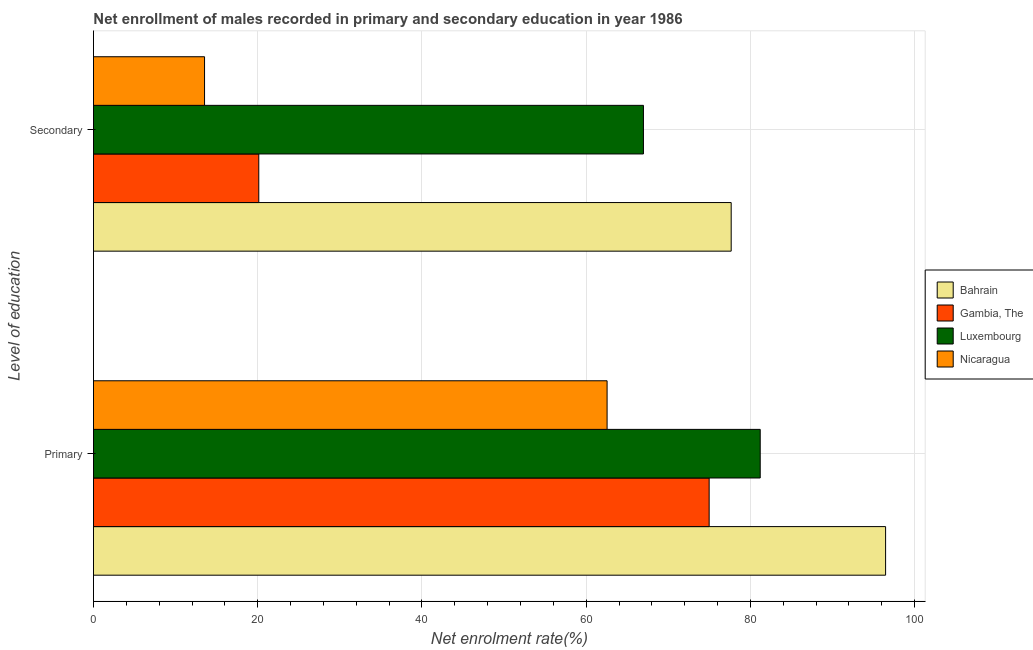
| Level of education | Bahrain | Gambia, The | Luxembourg | Nicaragua |
 | --- | --- | --- | --- | --- |
 | Primary | 96.5 | 75 | 81.2 | 62.6 |
 | Secondary | 77.7 | 20.1 | 67 | 13.5 |